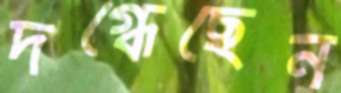
দগ্ধেছেন